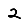
Digit: 2